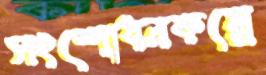
সংশোধনকল্পে